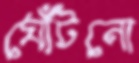
ঘোঁটনো